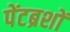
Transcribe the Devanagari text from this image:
पेंटब्रशों